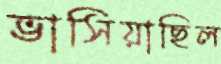
ভাসিয়াছিল